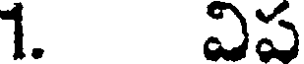
1. విప